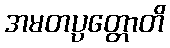
အမတပ္ပတ္တောတိ